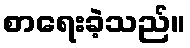
စာရေးခဲ့သည်။